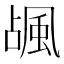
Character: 𱂽